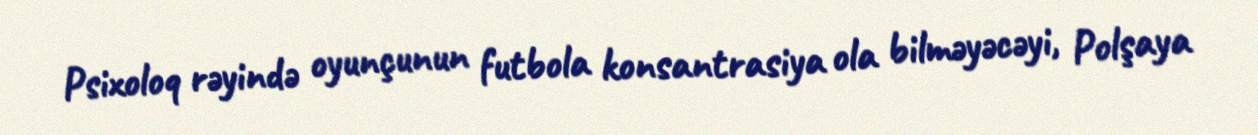
Psixoloq rəyində oyunçunun futbola konsantrasiya ola bilməyəcəyi, Polşaya